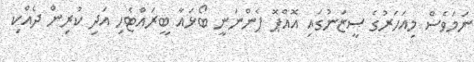
ނަމަވެސް މިއަހަރުގެ ސީޒަނުގައި އޮއްޕޮ ފެންނަނީ ބޯޅައާ ބީރައްޓެހި އަދި ކުރިން ދެއްކި